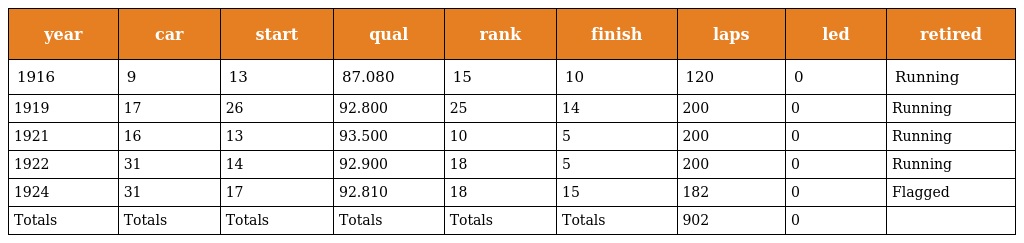
| year | car | start | qual | rank | finish | laps | led | retired |
 | --- | --- | --- | --- | --- | --- | --- | --- | --- |
 | 1916 | 9 | 13 | 87.080 | 15 | 10 | 120 | 0 | Running |
 | 1919 | 17 | 26 | 92.800 | 25 | 14 | 200 | 0 | Running |
 | 1921 | 16 | 13 | 93.500 | 10 | 5 | 200 | 0 | Running |
 | 1922 | 31 | 14 | 92.900 | 18 | 5 | 200 | 0 | Running |
 | 1924 | 31 | 17 | 92.810 | 18 | 15 | 182 | 0 | Flagged |
 | Totals | Totals | Totals | Totals | Totals | Totals | 902 | 0 |  |